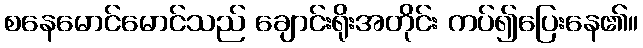
စနေမောင်မောင်သည် ချောင်းရိုးအတိုင်း ကပ်၍ပြေးနေ၏။